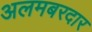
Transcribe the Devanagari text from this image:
अलमबरदार